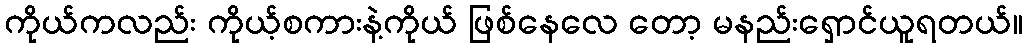
ကိုယ်ကလည်း ကိုယ့်စကားနဲ့ကိုယ် ဖြစ်နေလေ တော့ မနည်းရှောင်ယူရတယ်။